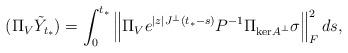
\begin{align*} (\Pi_V \tilde{Y}_{t_*}) = \int_0^{t_*} \left\| \Pi_V e^{|z|J^\perp(t_*-s)}P^{-1}\Pi_{\mathrm{ker}A^\perp}\sigma \right\|_F^2 ds,\end{align*}